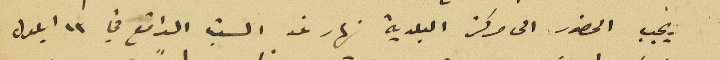
يجب الحضور الى مركز البلدية نهار غد الست الواقع في ١٣ ايلول